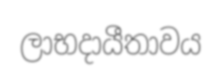
ලාභදායීතාවය